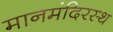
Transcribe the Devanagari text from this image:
मानमंदिरस्थ